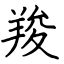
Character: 羧